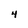
Character: 4